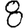
Digit: 8